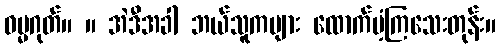
ဓမ္မဂုတ်။ ။ အဲဒီအခါ ဘယ်သူကများ ထောက်ပံ့ကြသေးတုန်း။